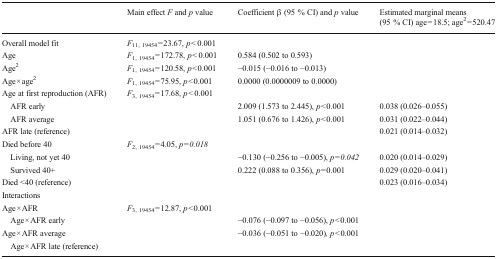
|  | Main effect F and p value | Coefficient β (95 % CI) and p value | Estimated marginal means (95 % CI) age = 18.5; age2 = 520.47 |
 | --- | --- | --- | --- |
 | Overall model fit | F11, 19454 = 23.67, p < 0.001 |  |  |
 | Age | F1, 19454 = 172.78, p < 0.001 | 0.584 (0.502 to 0.593) |  |
 | Age2 | F1, 19454 = 120.58, p < 0.001 | −0.015 (−0.016 to −0.013) |  |
 | Age × age2 | F1, 19454 = 75.95, p < 0.001 | 0.0000 (0.0000009 to 0.0000) |  |
 | Age at first reproduction (AFR) | F3, 19454 = 17.68, p < 0.001 |  |  |
 | AFR early |  | 2.009 (1.573 to 2.445), p < 0.001 | 0.038 (0.026–0.055) |
 | AFR average |  | 1.051 (0.676 to 1.426), p < 0.001 | 0.031 (0.022–0.044) |
 | AFR late (reference) |  |  | 0.021 (0.014–0.032) |
 | Died before 40 | F2, 19454 = 4.05, p = 0.018 |  |  |
 | Living, not yet 40 |  | −0.130 (−0.256 to −0.005), p = 0.042 | 0.020 (0.014–0.029) |
 | Survived 40+ |  | 0.222 (0.088 to 0.356), p = 0.001 | 0.029 (0.020–0.041) |
 | Died <40 (reference) |  |  | 0.023 (0.016–0.034) |
 | <COLSPAN=4> Interactions |
 | Age × AFR | F3, 19454 = 12.87, p < 0.001 |  |  |
 | Age × AFR early |  | −0.076 (−0.097 to −0.056), p < 0.001 |  |
 | Age × AFR average |  | −0.036 (−0.051 to −0.020), p < 0.001 |  |
 | Age × AFR late (reference) |  |  |  |